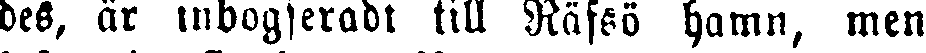
deS, är inbogseradt till Räfsö hamn, men